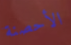
الأحصنة